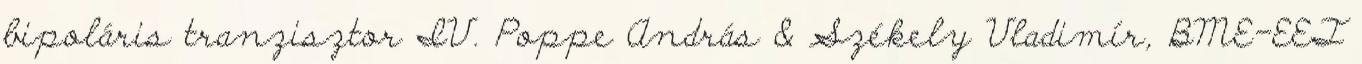
bipoláris tranzisztor IV. Poppe András & Székely Vladimír, BME-EET